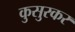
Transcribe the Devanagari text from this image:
कुसुरकर